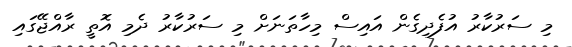
މި ސަރުކާރުު އުފެދިގެން އައިސް މިހާތަނަށް މި ސަރުކާރު ދެމި އޮތީ ރާއްޖޭގައި